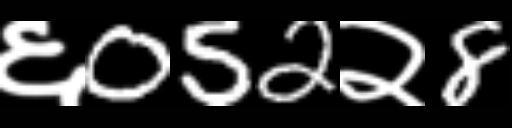
Text: ६052२8